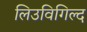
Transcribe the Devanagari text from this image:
लिउविगिल्द